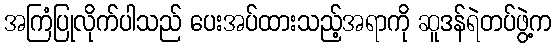
အကြံပြုလိုက်ပါသည် ပေးအပ်ထားသည့်အရာကို ဆူဒန်ရဲတပ်ဖွဲ့က